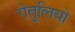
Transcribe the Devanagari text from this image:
गेतुलियो